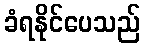
ခံရနိုင်ပေသည်